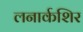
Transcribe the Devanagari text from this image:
लनार्कशिर